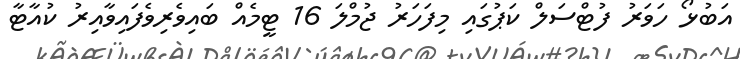
އަބުޅޯ ހަވަރު ފުޓްސަލް ކަޕުގައި މިފަހަރު ޖުމްލަ 16 ޓީމެއް ބައިވެރިވެފައިވާއިރު ކުއާޓާ